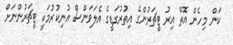
ކަން މިހެން އޮތް އިރު ޓީޗަރުންގެ އިތުރުގަޑީގެ އެލަވަންސް އުނިކުރުމަކީ ޓީޗަރުންނަށް